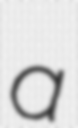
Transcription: a